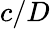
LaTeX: c/D